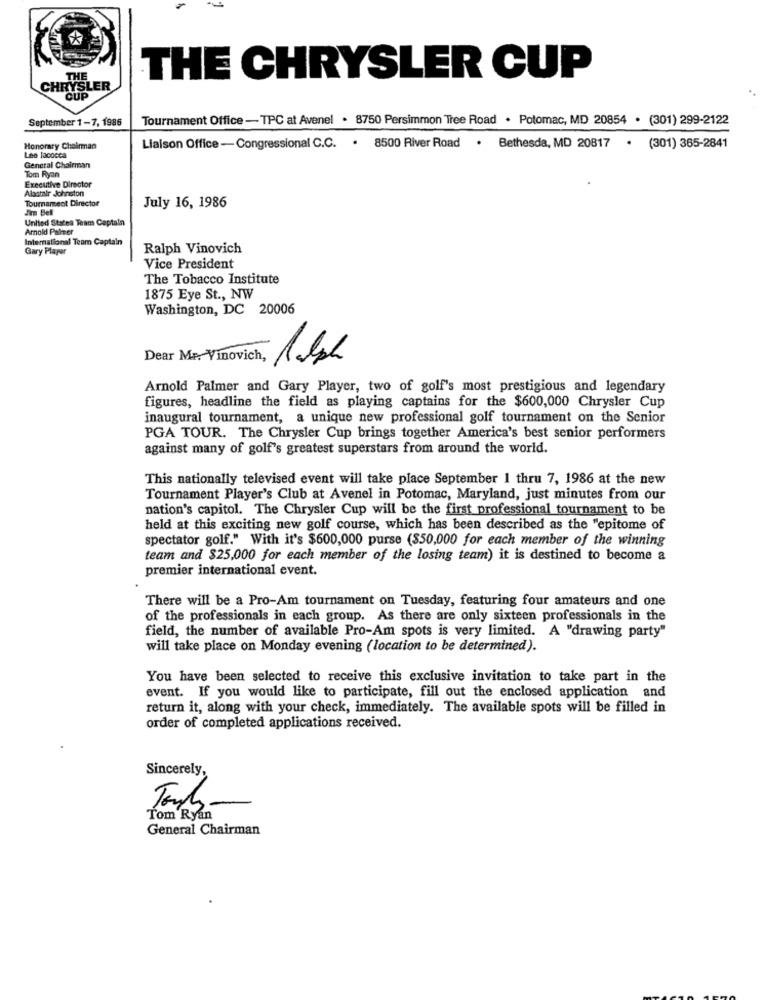
THE CHRYSLER CUP
CHRYSLER
September 1-7, 1986
Tournament Office -TPC at Avenel . 8750 Persimmon Tree Road . Potomac, MD 20854 . (301) 299-2122
Honorary Chairman
Liaison Office -Congressional C.C. . 8500 River Road . Bethesda, MD 20817 . (301) 365-2841
Lee Jacocca
General Chairman
Tom Ryan
Executive Director
Alastair Johnston
Tournament Director
Jim Bell
July 16, 1986
United States Team Captain
Arnold Palmer
International Team Captain
Gary Player
Ralph Vinovich
Vice President
The Tobacco Institute
1875 Eye St ., NW
Washington, DC 20006
Dear MP. Vinovich,
Arnold Palmer and Gary Player, two of golf's most prestigious and legendary
figures, headline the field as playing captains for the $600,000 Chrysler Cup
inaugural tournament, a unique new professional golf tournament on the Senior
PGA TOUR. The Chrysler Cup brings together America's best senior performers
against many of golf's greatest superstars from around the world.
This nationally televised event will take place September 1 thru 7, 1986 at the new
Tournament Player's Club at Avenel in Potomac, Maryland, just minutes from our
nation's capitol. The Chrysler Cup will be the first professional tournament to be
held at this exciting new golf course, which has been described as the "epitome of
spectator golf." With it's $600,000 purse ($50,000 for each member of the winning
team and $25,000 for each member of the losing team) it is destined to become a
premier international event.
There will be a Pro-Am tournament on Tuesday, featuring four amateurs and one
of the professionals in each group. As there are only sixteen professionals in the
field, the number of available Pro-Am spots is very limited. A "drawing party"
will take place on Monday evening (location to be determined).
You have been selected to receive this exclusive invitation to take part in the
event. If you would like to participate, fill out the enclosed application and
return it, along with your check, immediately. The available spots will be filled in
order of completed applications received.
Sincerely,
Touhy
-
Tom Ryan
General Chairman